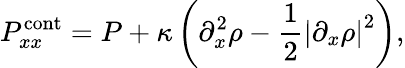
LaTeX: P_{xx}^{\mathrm{cont}}=P+\kappa\left(\partial_{x}^{2}\rho-\frac{1}{2}{\lvert\partial_{x}\rho\lvert}^{2}\right),